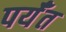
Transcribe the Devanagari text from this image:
पर्यँत